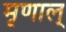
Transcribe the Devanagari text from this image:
मृणाल्